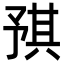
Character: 𪜝